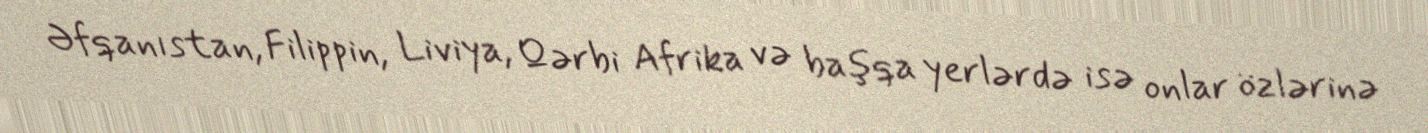
Əfqanıstan, Filippin, Liviya, Qərbi Afrika və başqa yerlərdə isə onlar özlərinə